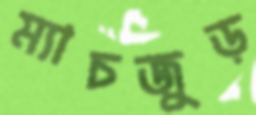
ম্যাচজুড়